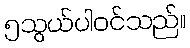
၅သွယ်ပါဝင်သည်။